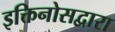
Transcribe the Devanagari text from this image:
इक्तिनोसद्वारा